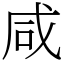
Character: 咸